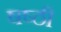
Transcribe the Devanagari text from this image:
षष्‍ठी